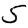
Digit: 5